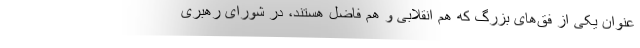
عنوان یکی از فق‌های بزرگ که هم انقلابی و هم فاضل هستند، در شورای رهبری